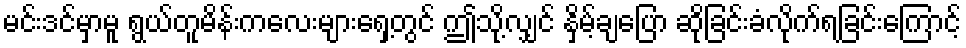
မင်းဒင်မှာမူ ရွယ်တူမိန်းကလေးများရှေ့တွင် ဤသို့လျှင် နှိမ့်ချပြော ဆိုခြင်းခံလိုက်ရခြင်းကြောင့်